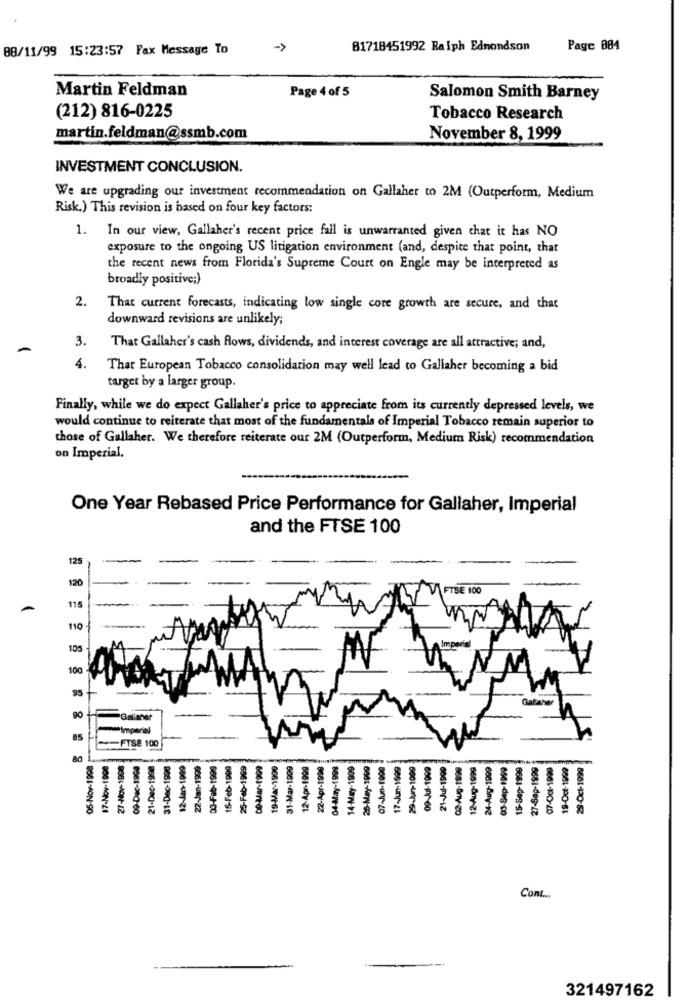
08/11/99 15:23:57 Fax Message To
->
81718451992 Ralph Edmondson
Page 004
Martin Feldman
Page 4 of 5
Salomon Smith Barney
(212) 816-0225
Tobacco Research
martin.feldman@ssmb.com
November 8, 1999
INVESTMENT CONCLUSION.
We are upgrading our investment recommendation on Gallaher to 2M (Outperform, Medium
Risk.) This revision is based on four key factors:
1. In our view, Gallaher's recent price fall is unwarranted given that it has NO
exposure to the ongoing US litigation environment (and, despite that point, that
the recent news from Florida's Supreme Court on Engle may be interpreted as
broadly positive;)
2.
That current forecasts, indicating low single core growth are secure, and that
downward revisions are unlikely;
3.
That Gallaher's cash flows, dividends, and interest coverage are all attractive; and,
4.
That European Tobacco consolidation may well lead to Gallaher becoming a bid
target by a larger group.
Finally, while we do expect Gallaher's price to appreciate from its currently depressed levels, we
would continue to reiterate that most of the fundamentals of Imperial Tobacco remain superior to
those of Gallaher. We therefore reiterate our 2M (Outperform, Medium Risk) recommendation
on Imperial.
One Year Rebased Price Performance for Gallaher, Imperial
and the FTSE 100
125
120
TSE 100
115
110
Imperia
105
100
95
Galater
90
Gallaher
Imperial
FTSE 100
80
05-Nov-1998
17-Nov-1900
27-Nov-1908
09-Dec-1998
21-Dec-1998
31-Dec-1998
12-Jan-1999
22-Jan-1999
03-Feb-1999
15-Feb-1909
25-Feb-1999
De-Lar-1999
19-Mar-1990
31-Mar-1909
12-Apr-1999
22-Apr-1999
04-May-1999
14-May-1909
26-May-1999
07-Jun-1900
17-Jun-1999
29-Jun-1009
09-Jul-1999
21-Jul-1990
02-Aug-1999
12-Aug-1999
24-Aug-1999
03-Sep-1990
15-Sep-1999
27-Sap-1999
07-Oct-1999
19-Oct-1999
29-Oct-1999
Cont ...
321497162